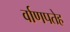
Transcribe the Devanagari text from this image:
र्वाणपतेह